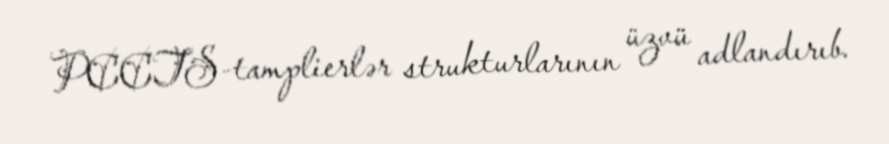
PCCTS-tamplierlər strukturlarının üzvü adlandırıb.